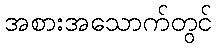
အစားအသောက်တွင်